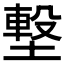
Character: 𡐊